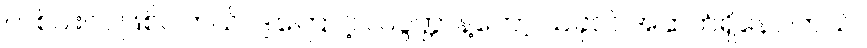
တစ်ပါးလဲ ဖြစ်ပါတယ်၊ ဒါ့ကြောင့် လပွတ္တာနဲ့တော့ ယခုလဲ အဆက်ရှိနေပါတယ်။